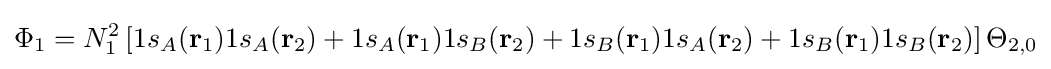
\Phi _{1}=N_{1}^{2}\left[1s_{A}(\mathbf {r} _{1})1s_{A}(\mathbf {r} _{2})+1s_{A}(\mathbf {r} _{1})1s_{B}(\mathbf {r} _{2})+1s_{B}(\mathbf {r} _{1})1s_{A}(\mathbf {r} _{2})+1s_{B}(\mathbf {r} _{1})1s_{B}(\mathbf {r} _{2})\right]\Theta _{2,0}